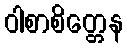
ဝါစာစိတ္တေန